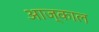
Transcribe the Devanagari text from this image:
आज्काल